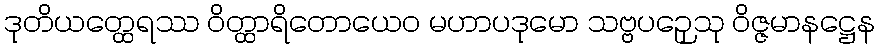
ဒုတိယတ္ထေရဿ ဝိတ္ထာရိတောယေဝ မဟာပဒုမော သဗ္ဗပဉှေသု ဝိဇ္ဇမာနဋ္ဌေန